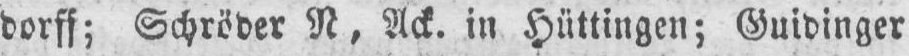
dorff; Schröder N, Ack. in Hüttingen; Guidinger